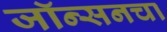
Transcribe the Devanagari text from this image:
जॉन्सनचा